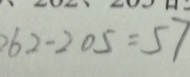
2 6 2 - 2 0 5 = 5 7